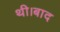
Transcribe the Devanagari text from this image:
थी।बाद